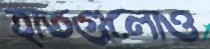
হাতগুলোও